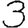
Digit: 3